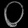
Digit: ၀